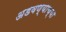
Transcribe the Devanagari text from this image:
अडवण्याच्या